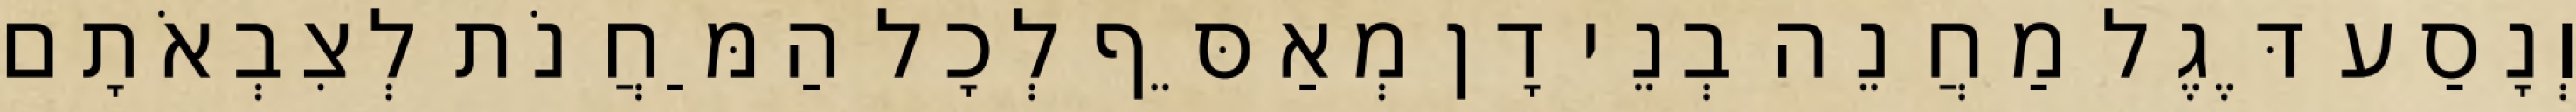
וְנָסַע דֶּגֶל מַחֲנֵה בְנֵי דָן מְאַסֵּף לְכָל הַמַּחֲנֹת לְצִבְאֹתָם